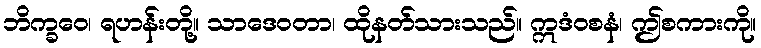
ဘိက္ခဝေ၊ ရဟန်းတို့။ သာဒေဝတာ၊ ထိုနတ်သားသည်။ ဣဒံဝစနံ၊ ဤစကားကို။